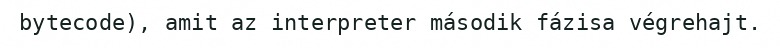
bytecode), amit az interpreter második fázisa végrehajt.